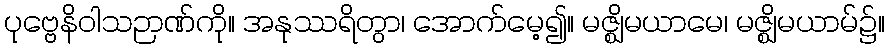
ပုဗ္ဗေနိဝါသဉာဏ်ကို။ အနုဿရိတွာ၊ အောက်မေ့၍။ မဇ္ဈိမယာမေ၊ မဇ္ဈိမယာမ်၌။